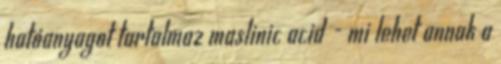
hatóanyagot tartalmaz maslinic acid - mi lehet annak a